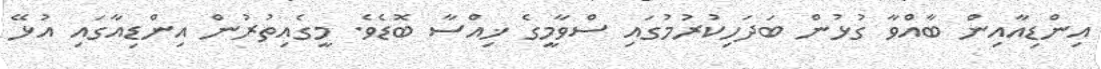
އިންޑިއާއިން ބާއްވާ ގުޅުން ބަދަހިކުރުމުގައި ސްވާމީގެ ޚިއްސާ ބޮޑެވެ. މީގެއިތުރުން އިންޑިއާގައި އުޅޭ